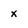
Character: x